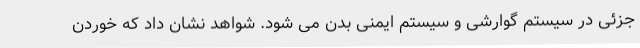
جزئی در سیستم گوارشی و سیستم ایمنی بدن می شود. شواهد نشان داد که خوردن